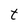
Character: t